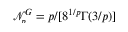
\smash { \mathcal { N } _ { \! p } ^ { G } = p / [ 8 ^ { 1 / p } \Gamma ( 3 / p ) } ]